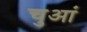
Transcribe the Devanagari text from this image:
चुआं